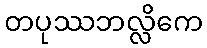
တပုဿဘလ္လိကေ